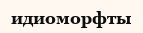
идиоморфты